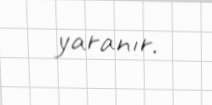
yaranır.